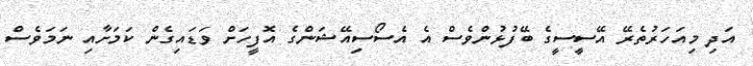
އަދި މިއަހަރުތެރޭ އޭސީސީގެ ބޭފުޅުންވެސް އެ އެސޯސިއޭޝަންގެ އޮފީހަށް ވަޑައިގެން ކަމަށާއި ނަމަވެސް